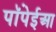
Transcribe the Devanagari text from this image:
पॉंपेईआ